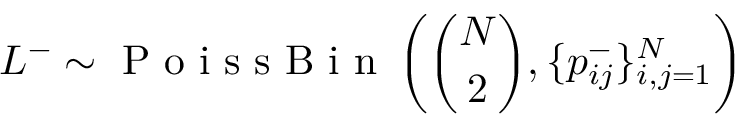
L ^ { - } \sim \mathrm { ~ P ~ o ~ i ~ s ~ s ~ B ~ i ~ n ~ } \left( \binom { N } { 2 } , \{ p _ { i j } ^ { - } \} _ { i , j = 1 } ^ { N } \right)